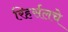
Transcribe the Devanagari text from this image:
रिहर्सलचे